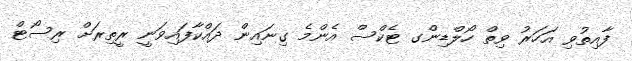
ފާއިތުވި އަހަރު ވިތް ހޯލްޑިންގ ޓެކްސް އެންމެ ގިނައިން ދައްކާފައިވަނީ ރީތިރަށް ރިސޯޓް